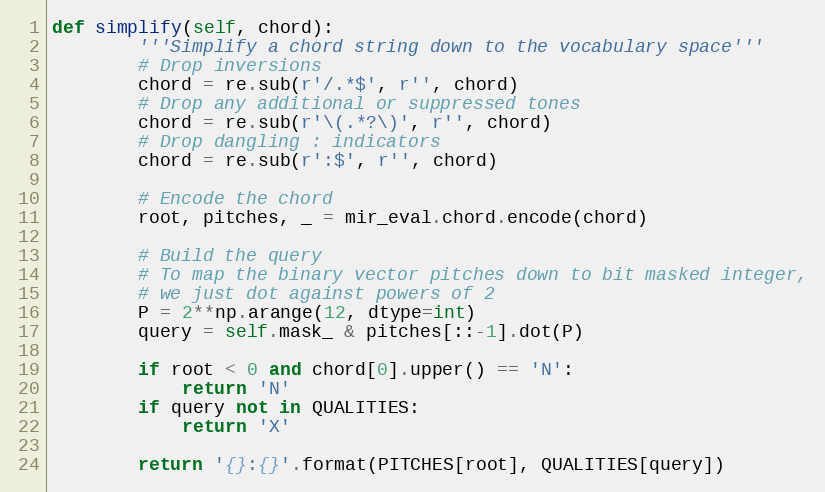
Language: Python
def simplify(self, chord):
        '''Simplify a chord string down to the vocabulary space'''
        # Drop inversions
        chord = re.sub(r'/.*$', r'', chord)
        # Drop any additional or suppressed tones
        chord = re.sub(r'\(.*?\)', r'', chord)
        # Drop dangling : indicators
        chord = re.sub(r':$', r'', chord)

        # Encode the chord
        root, pitches, _ = mir_eval.chord.encode(chord)

        # Build the query
        # To map the binary vector pitches down to bit masked integer,
        # we just dot against powers of 2
        P = 2**np.arange(12, dtype=int)
        query = self.mask_ & pitches[::-1].dot(P)

        if root < 0 and chord[0].upper() == 'N':
            return 'N'
        if query not in QUALITIES:
            return 'X'

        return '{}:{}'.format(PITCHES[root], QUALITIES[query])